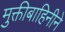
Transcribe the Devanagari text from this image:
मुक्तीबाहिनीने